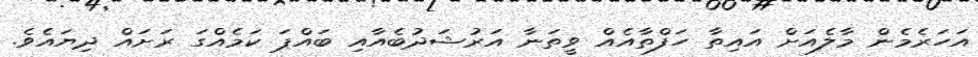
އަހަރެމެން މާލެއަށް އައިތާ ހަފްތާއެއް ވީތަނާ އަރުޝަދުބެއާއި ބައްޕަ ކަމެއްގަ ރަށައް ދިޔައެވެ.